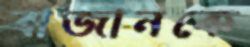
বাজানকে